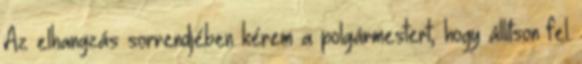
Az elhangzás sorrendjében kérem a polgármestert, hogy állítson fel